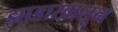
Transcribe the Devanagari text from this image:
झाडाखालून